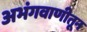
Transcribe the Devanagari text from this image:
अभंगवाणीतून